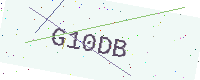
Text: G10DB